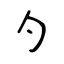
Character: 勺